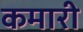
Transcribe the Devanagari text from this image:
कमारी